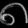
Digit: ၈